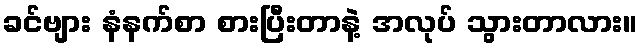
ခင်ဗျား နံနက်စာ စားပြီးတာနဲ့ အလုပ် သွားတာလား။